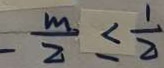
- \frac { m } { 2 } \leq \frac { 1 } { 2 }